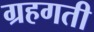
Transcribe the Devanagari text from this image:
ग्रहगती